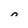
Character: 0